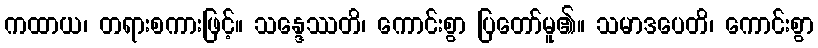
ကထာယ၊ တရားစကားဖြင့်။ သန္ဒေဿတိ၊ ကောင်းစွာ ပြတော်မူ၏။ သမာဒပေတိ၊ ကောင်းစွာ